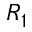
R _ { 1 }